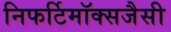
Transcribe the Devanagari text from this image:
निफर्टिमॉक्सजैसी